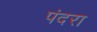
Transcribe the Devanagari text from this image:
पंदरा